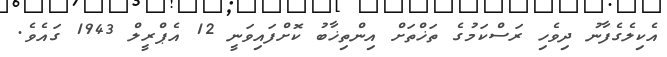
އެކިލެގެފާނު ދިވެހި ރަސްކަމުގެ ތަޚްތަށް އިންތިޚާބު ކޮށްފައިވަނީ 12 އެޕްރީލް 1943 ގައެވެ.